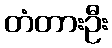
တံတားဦး